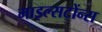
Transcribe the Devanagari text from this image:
माइल्सटोंन्स